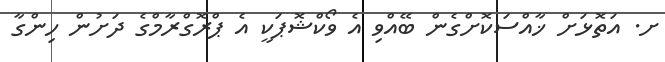
ށ. އަތޮޅަށް ޚާއްސަކޮށްގެން ބޭއްވި އެ ވޯކްޝޮޕަކީ އެ ޕްރޮގްރާމްގެ ދަށުން ހިންގާ